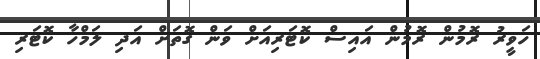
ހަވީރު ރޮމުން ރޮމުން އައިސް ކޮޓަރިއަށް ވަން ގޮތަށް އަދި ލަމްހާ ކޮޓަރި